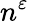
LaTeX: n^{\varepsilon}